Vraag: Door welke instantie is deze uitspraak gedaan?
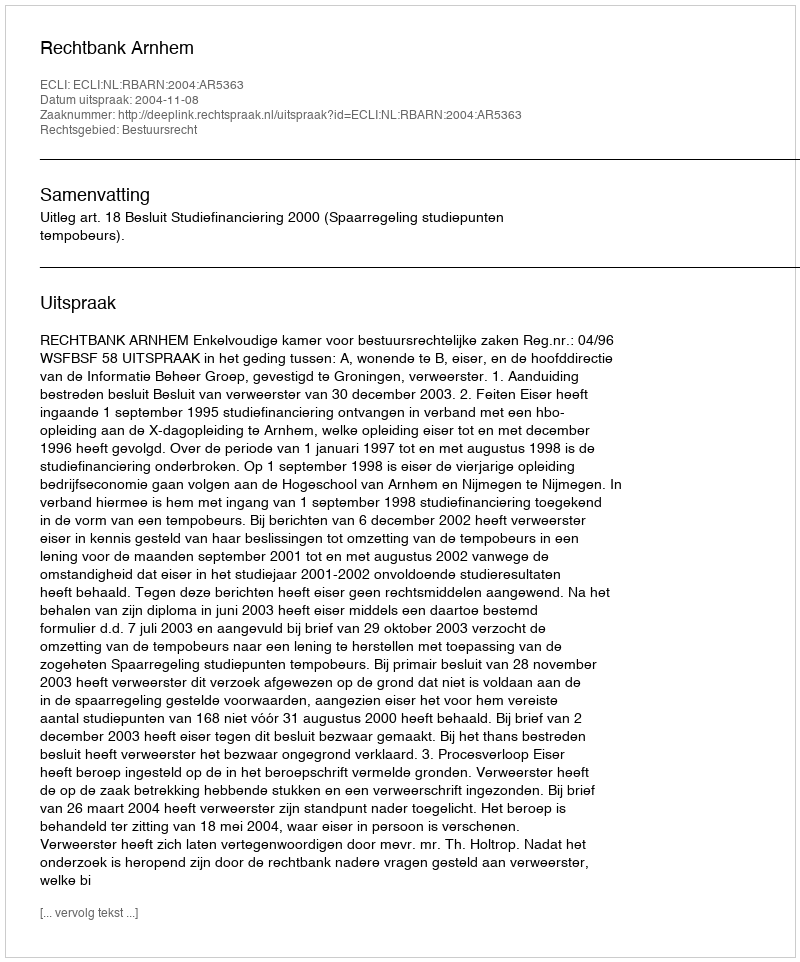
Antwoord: Rechtbank Arnhem